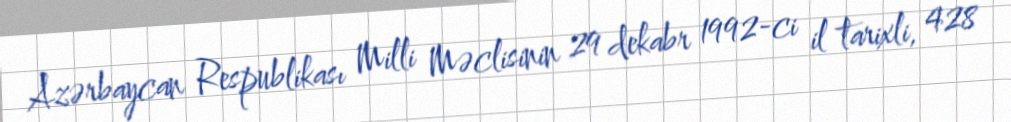
Azərbaycan Respublikası Milli Məclisinin 29 dekabr 1992-ci il tarixli, 428